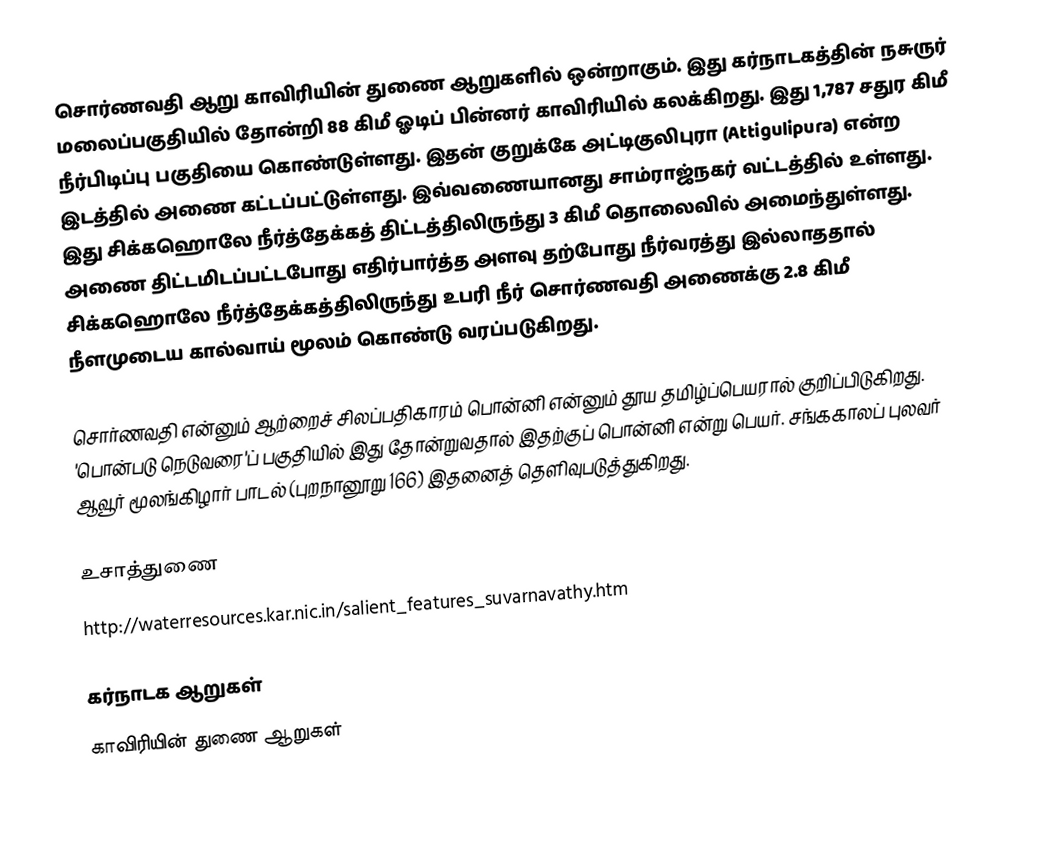
சொர்ணவதி ஆறு காவிரியின் துணை ஆறுகளில் ஒன்றாகும். இது கர்நாடகத்தின் நசுருர் மலைப்பகுதியில் தோன்றி 88 கிமீ ஓடிப் பின்னர் காவிரியில் கலக்கிறது. இது 1,787 சதுர கிமீ நீர்பிடிப்பு பகுதியை கொண்டுள்ளது. இதன் குறுக்கே அட்டிகுலிபுரா (Attigulipura) என்ற இடத்தில் அணை கட்டப்பட்டுள்ளது. இவ்வணையானது சாம்ராஜ்நகர் வட்டத்தில் உள்ளது. இது சிக்கஹொலே நீர்த்தேக்கத் திட்டத்திலிருந்து 3 கிமீ தொலைவில் அமைந்துள்ளது. அணை திட்டமிடப்பட்டபோது எதிர்பார்த்த அளவு தற்போது நீர்வரத்து இல்லாததால் சிக்கஹொலே நீர்த்தேக்கத்திலிருந்து உபரி நீர் சொர்ணவதி அணைக்கு 2.8 கிமீ நீளமுடைய கால்வாய் மூலம் கொண்டு வரப்படுகிறது.

சொர்ணவதி என்னும் ஆற்றைச் சிலப்பதிகாரம் பொன்னி என்னும் தூய தமிழ்ப்பெயரால் குறிப்பிடுகிறது. 'பொன்படு நெடுவரை'ப் பகுதியில் இது தோன்றுவதால் இதற்குப் பொன்னி என்று பெயர். சங்ககாலப் புலவர் ஆவூர் மூலங்கிழார் பாடல் (புறநானூறு 166) இதனைத் தெளிவுபடுத்துகிறது.

உசாத்துணை
http://waterresources.kar.nic.in/salient_features_suvarnavathy.htm

கர்நாடக ஆறுகள்
காவிரியின் துணை ஆறுகள்